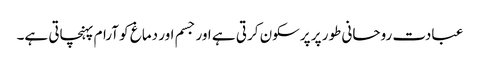
عبادت روحانی طور پر پرسکون کرتی ہے اور جسم اور دماغ کو آرام پہنچاتی ہے۔